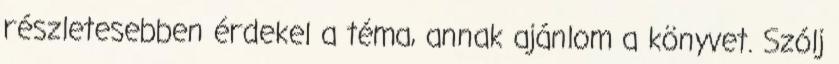
részletesebben érdekel a téma, annak ajánlom a könyvet. Szólj